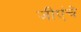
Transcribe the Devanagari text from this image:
जीएंचे